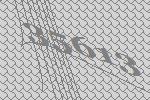
35613